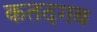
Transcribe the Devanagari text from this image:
कतदगब